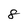
Character: 8